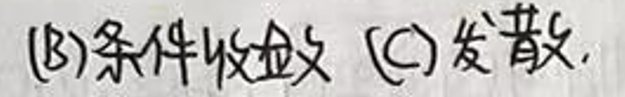
(B)条件收敛 (C)发散.